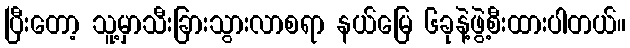
ပြီးတော့ သူ့မှာသီးခြားသွားလာစရာ နယ်မြေ ၆ခုနဲ့ဖွဲ့စီးထားပါတယ်။